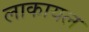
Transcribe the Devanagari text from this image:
लाकायल